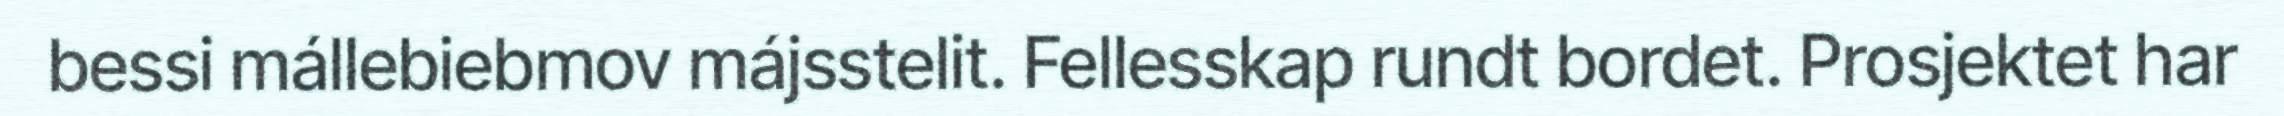
bessi mállebiebmov májsstelit. Fellesskap rundt bordet. Prosjektet har